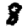
Digit: 8